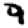
Digit: 9